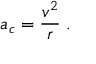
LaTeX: a _ { c } = { \frac { v ^ { 2 } } { r } } \; .